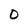
Character: O